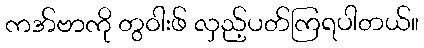
ကအ်ဗာကို တွဝါးဖ် လှည့်ပတ်ကြရပါတယ်။